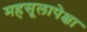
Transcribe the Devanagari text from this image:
महसूलापेक्षा